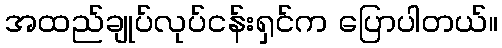
အထည်ချုပ်လုပ်ငန်းရှင်က ပြောပါတယ်။